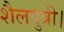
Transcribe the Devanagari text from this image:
शैलपुत्री।